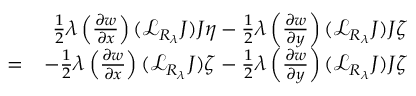
\begin{array} { r l r } & { } & { \frac { 1 } { 2 } \lambda \left( \frac { \partial w } { \partial x } \right) ( { \mathcal L } _ { R _ { \lambda } } J ) J \eta - \frac { 1 } { 2 } \lambda \left( \frac { \partial w } { \partial y } \right) ( { \mathcal L } _ { R _ { \lambda } } J ) J \zeta } \\ & { = } & { - \frac { 1 } { 2 } \lambda \left( \frac { \partial w } { \partial x } \right) ( { \mathcal L } _ { R _ { \lambda } } J ) \zeta - \frac { 1 } { 2 } \lambda \left( \frac { \partial w } { \partial y } \right) ( { \mathcal L } _ { R _ { \lambda } } J ) J \zeta } \end{array}